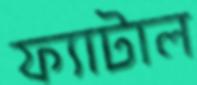
ফ্যাটাল